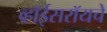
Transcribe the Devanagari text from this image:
व्हॉईसरॉयचे